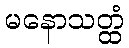
မနောသတ္ထံ